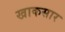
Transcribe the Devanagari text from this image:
खाकसार